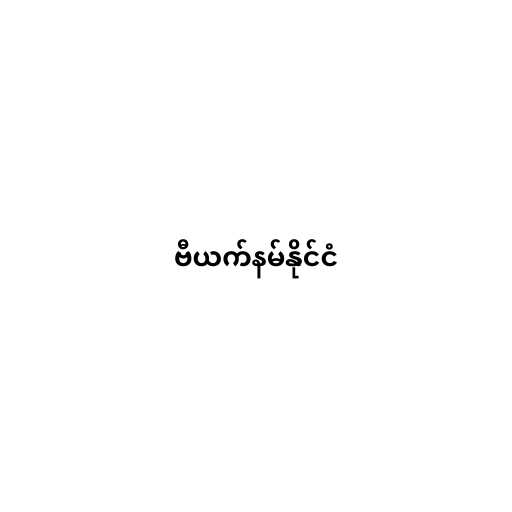
ဗီယက်နမ်နိုင်ငံ